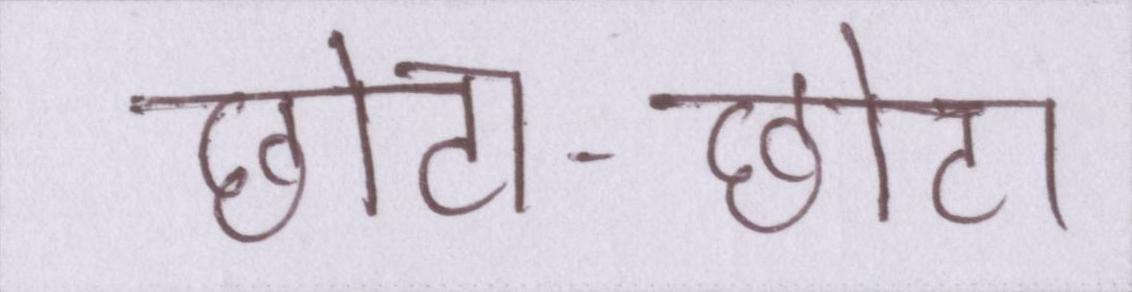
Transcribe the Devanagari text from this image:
छोटा-छोटा